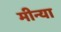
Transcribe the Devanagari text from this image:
मीन्या